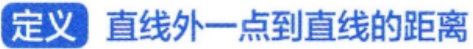
定义 直线外一点到直线的距离